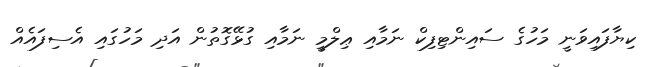
ކިޔާފައިވަނީ މަހުގެ ސައިންޓިފިކް ނަމާއި ޢިލްމީ ނަމާއި ގުޅޭގޮތުން އަދި މަހުގައި އެސިފައެއް